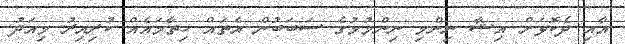
އާއި ދެކޮޅަށް އިޝާ ނިންމި ނިންމުމުގެ ސަބަބުން އެތައް ހިތާމައެއް ކުރިއިރު މިއަދު